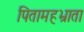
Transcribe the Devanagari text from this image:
पितामहभ्राता